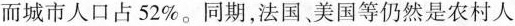
而城市人口占52%。同期，法国、美国等仍然是农村人